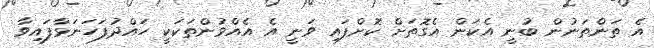
އެ ތަންތަނުން ބުނީ އެކަން އެގޮތަށް ކޮށްފައި ވަނީ އެ އެއްވުންތަކަކީ ހައްދުފަހަނަޅާފައިވާ